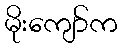
မိုးကျော်က